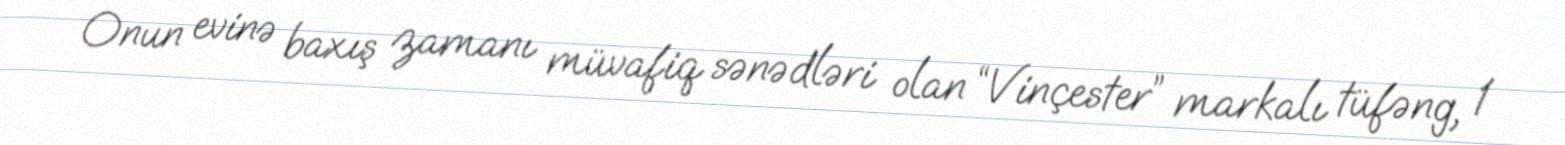
Onun evinə baxış zamanı müvafiq sənədləri olan “Vinçester” markalı tüfəng, 1